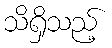
သိရှိသည့်